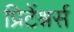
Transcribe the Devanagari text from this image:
प्रिटेंश्नर्स